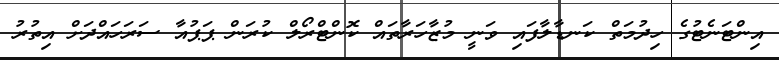
އިންޓަނެޓުގެ ހިދުމަތް ކަނޑާލާފައި ވަނީ މުޒާހަރާތައް ކޮންޓްރޯލް ކުރަން ޕަޕުއާ ސަރަހައްދަށް އިތުރު